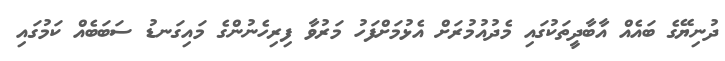
ދުނިޔޭގެ ބައެއް އާބާދީތަކުގައި މެދުއުމުރަށް އެޅުމަށްފަހު މަރުވާ ފިރިހެނުންގެ މައިގަނޑު ސަބަބެއް ކަމުގައި